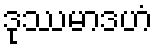
ဒုဿမာဒဟံ